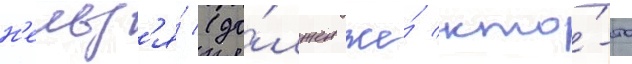
н'ельз'я́ (до́лжен же́ кто́-то